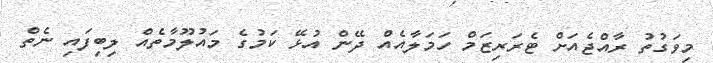
މިވަގުތު ރާއްޖެއަށް ޓެރަރިޒަމް ހަމަލާއެއް ދޭން އުޅޭ ކަމުގެ މައުލޫމާތެއް ލިިބިފައި ނެތް